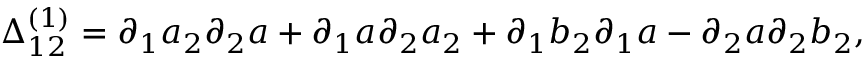
\Delta _ { 1 2 } ^ { ( 1 ) } = \partial _ { 1 } a _ { 2 } \partial _ { 2 } a + \partial _ { 1 } a \partial _ { 2 } a _ { 2 } + \partial _ { 1 } b _ { 2 } \partial _ { 1 } a - \partial _ { 2 } a \partial _ { 2 } b _ { 2 } ,